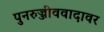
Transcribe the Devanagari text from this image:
पुनरुज्जीववादावर